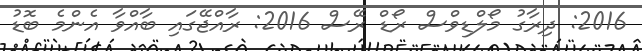
2016: ދިރާގު މޯލްޑިވްސް ރޯޑް ރޭސް 2016: ރާއްޖޭގައި ބާއްވާ އެންމެ ބޮޑު